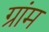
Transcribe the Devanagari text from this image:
ग्रांम